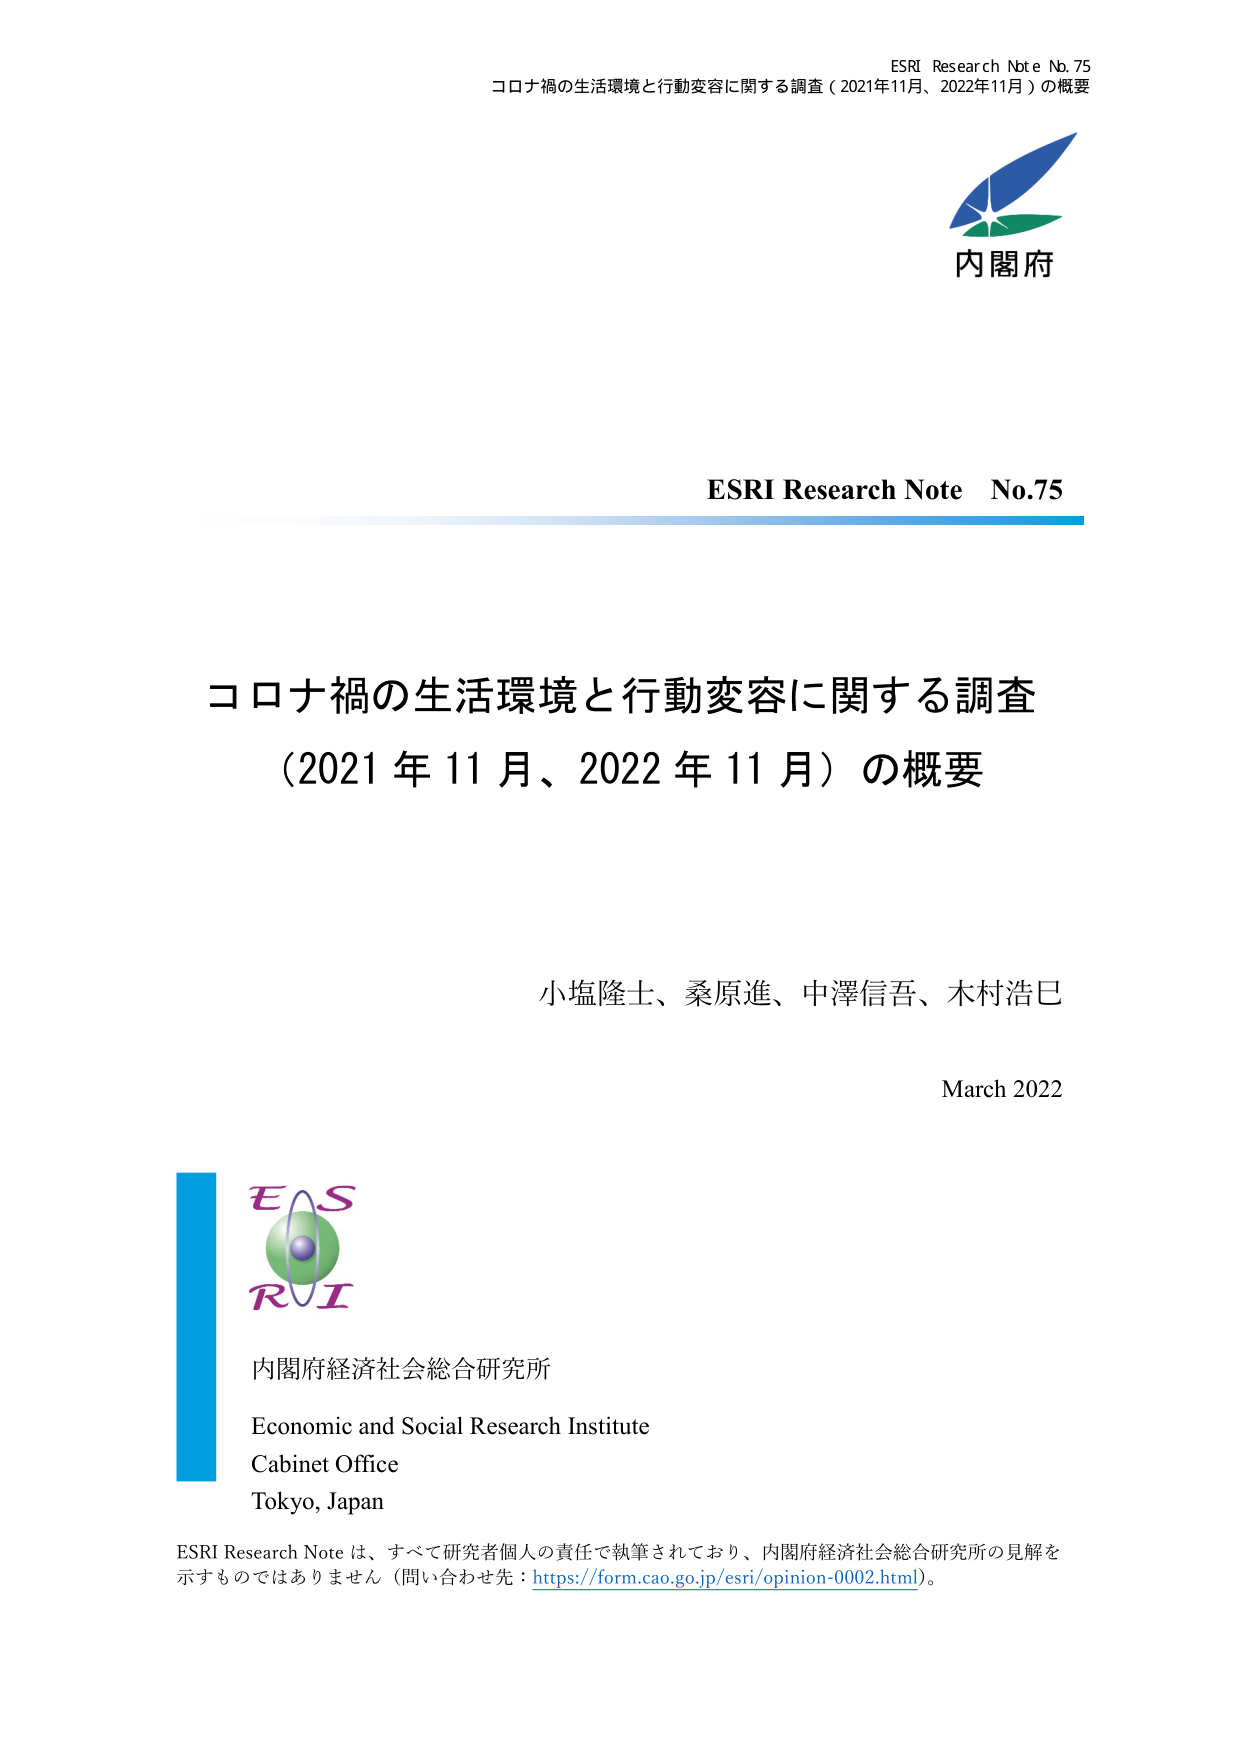
ESRI Research Note No. 75
コロナ禍の生活環境と行動変容に関する調査（2021年11月、2022年11月）の概要

内閣府

ESRI Research Note No.75

コロナ禍の生活環境と行動変容に関する調査
（2021年11月、2022年11月）の概要

小塩隆士、桑原進、中澤信吾、木村浩巳

March 2022

ESRI
内閣府経済社会総合研究所
Economic and Social Research Institute
Cabinet Office
Tokyo, Japan

ESRI Research Note は、すべて研究者個人の責任で執筆されており、内閣府経済社会総合研究所の見解を示すものではありません（問い合わせ先：https://form.cao.go.jp/esri/opinion-0002.html）。